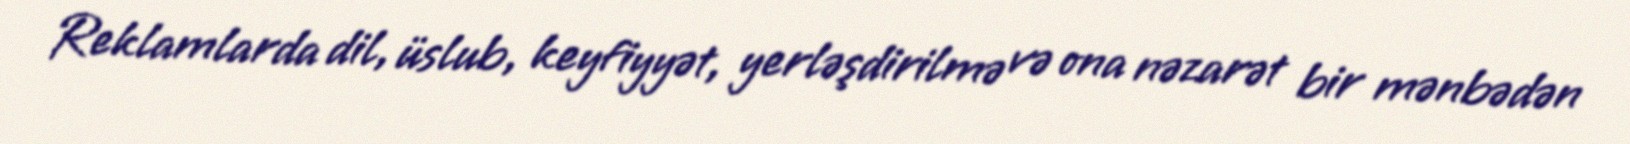
Reklamlarda dil, üslub, keyfiyyət, yerləşdirilmə və ona nəzarət bir mənbədən